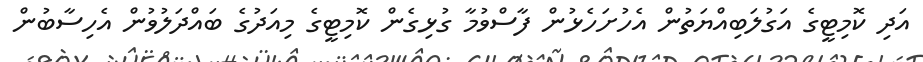
އަދި ކޮމިޓީގެ އަގުލަބިއްޔަތުން އެހުށަހެޅުން ފާސްވުމާ ގުޅިގެން ކޮމިޓީގެ މިއަދުގެ ބައްދަލުވުން އެހިސާބުން